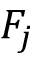
F _ { j }